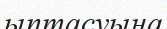
ыптасуына